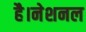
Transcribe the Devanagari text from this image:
है।नेशनल